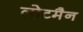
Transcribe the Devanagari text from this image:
लोटमैन